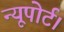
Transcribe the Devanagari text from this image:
न्यूपोर्ट।